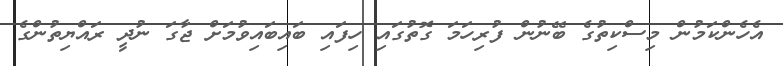
އެހެންކަމުން މިސްކިތުގެ ބޭނުން ފުރިހަަމަ ގޮތުގައި ހިފައި ބައިބައިވުމަށް ޖާގަ ނުދީ ރައްޔިތުންގެ